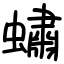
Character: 蟰